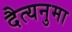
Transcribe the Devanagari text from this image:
दैत्यनुमा